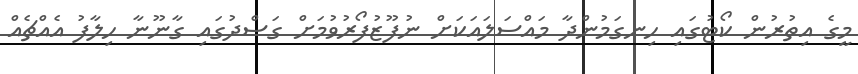
މީގެ އިތުރުން ކޯޓުގައި ހިނގަމުންދާ މައްސަލައަކަށް ނުފޫޒުފޯރުވުމަށް ގަސްދުގައި ގާނޫނާ ހިލާފު އެއްޗެއް